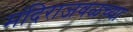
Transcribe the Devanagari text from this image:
मंदिराजवळच्या